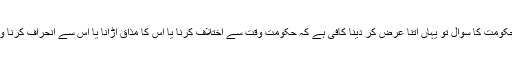
رہا سماجی ذمہ داری کے سلسلہ میں حکومت کا سوال تو یہاں اتنا عرض کر دینا کافی ہے کہ حکومتِ وقت سے اختلاف کرنا یا اس کا مذاق اڑانا یا اُس سے انحراف کرنا وطن دشمنی نہیں ہے اور نہ ہی غداری۔